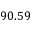
9 0 . 5 9